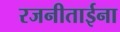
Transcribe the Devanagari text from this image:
रजनीताईना